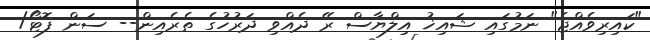
"ކައިރިވެއްޖެ" ނަމުގައި ޝައިޚު އިލްޔާސް ރޭ ދެއްވި ދަރުހުގެ ތެރެއިން-- ސަން ފޮޓޯ/